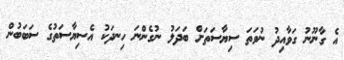
އެ ގާނޫނު ގަވާއިދު ނުވަތަ ސިޔާސަތަށް ބަދަލު ނުގެންނަ ހިނދަކު އެސިޔާސަތުގެ ސަބަބުން